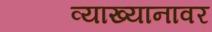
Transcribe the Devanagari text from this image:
व्याख्यानावर